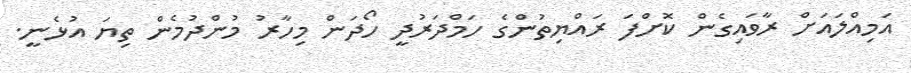
އަމިއްލައަށް ރާވައިގެން ކޮށްފަ ރައްޔިތުންގެ ހަމްދަރުދީ ހޯދަން މިހާރު މުންދުމެން ތިޔަ އުޅެނީ.